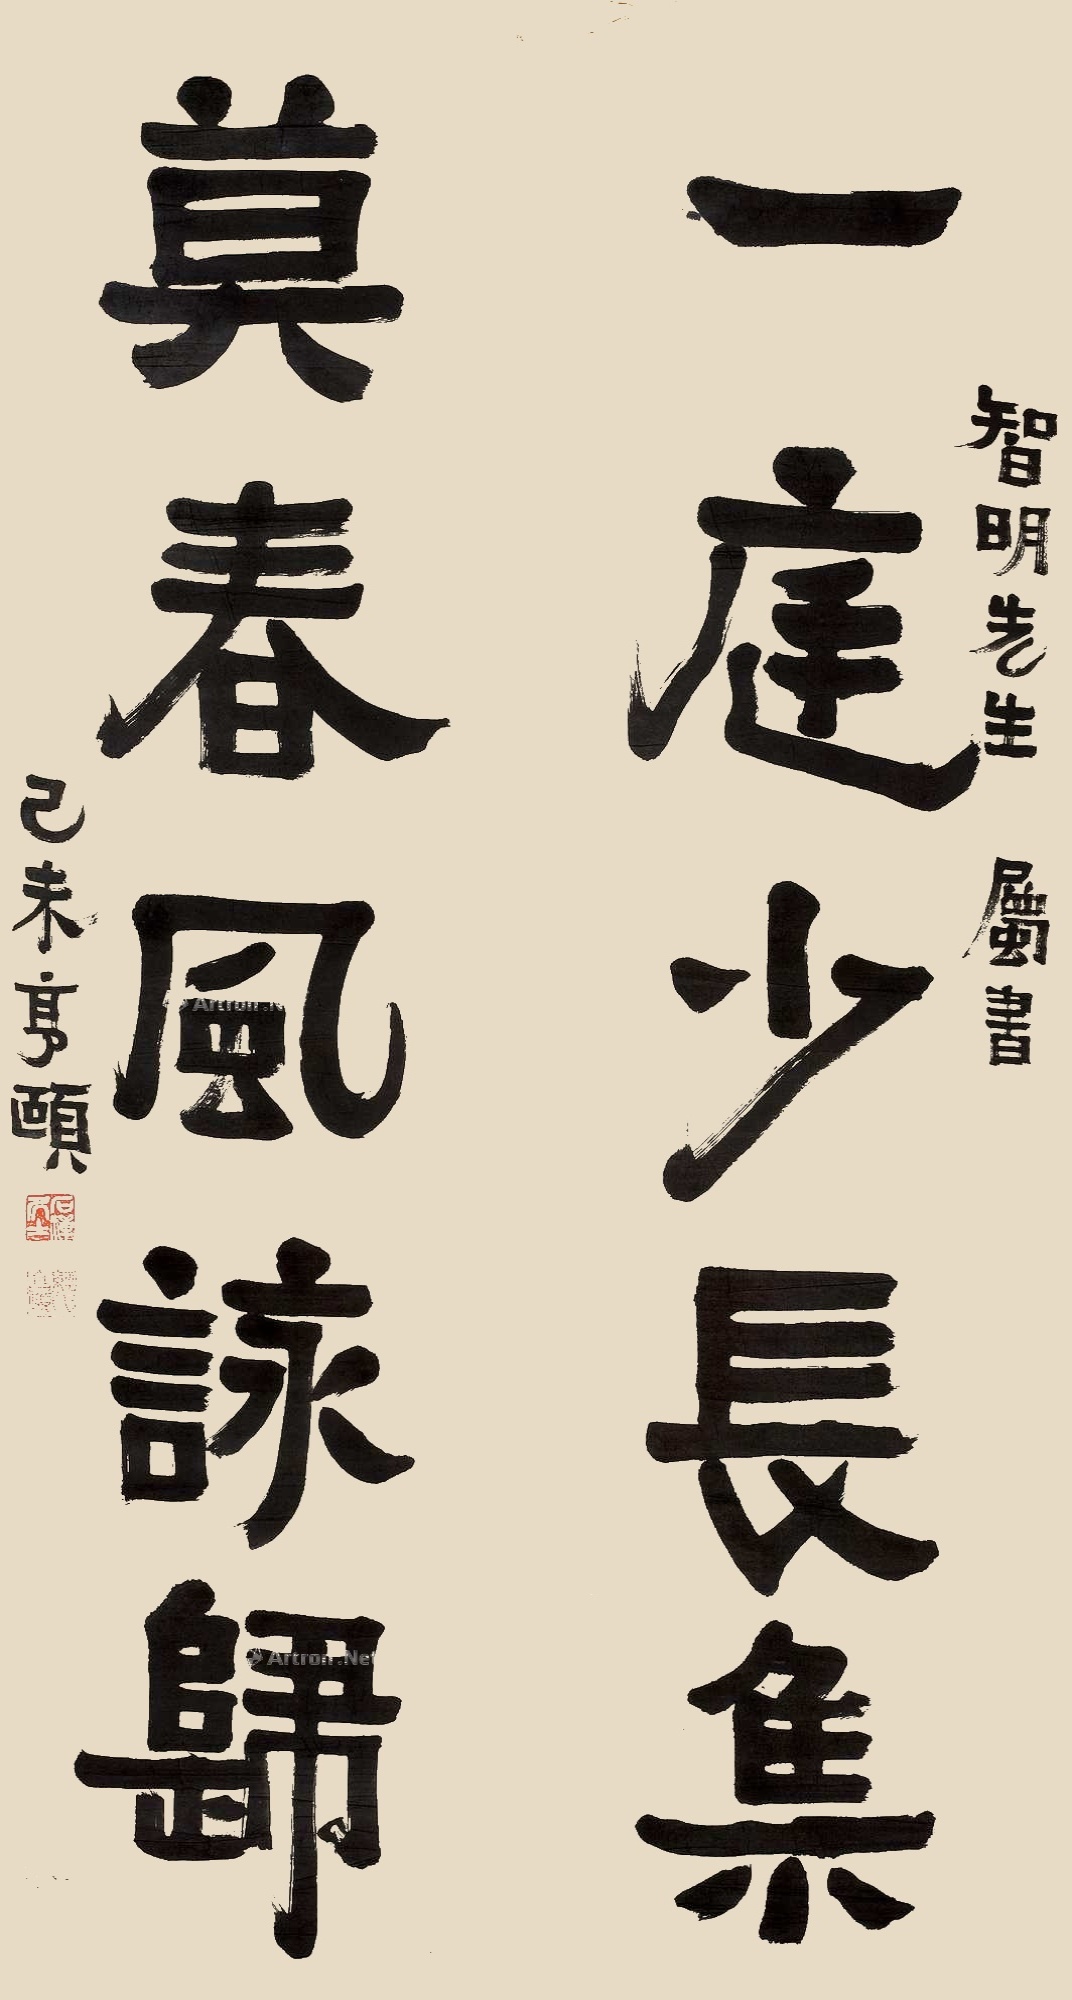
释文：一庭少长集，莫春风咏归。智明先生属书，己未亨颐。